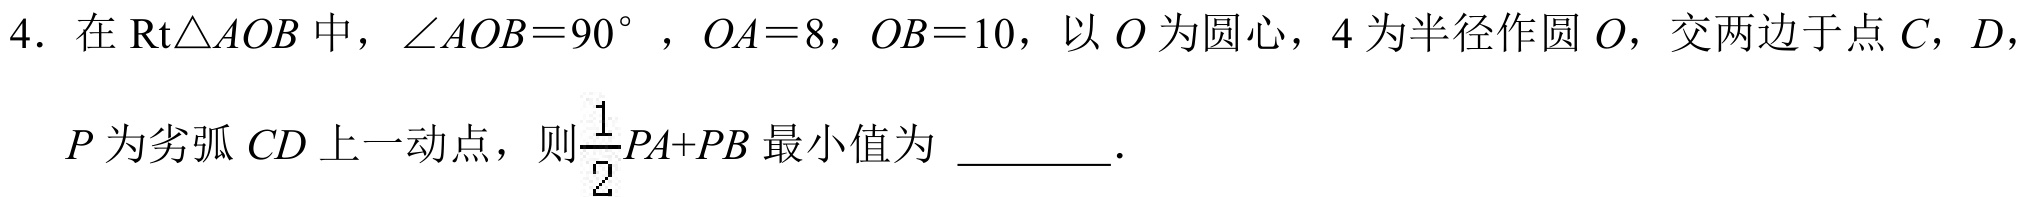
4. 在\(\text{Rt}\triangle AOB\)中，\(\angle AOB = 90^{\circ}\)，\(OA = 8\)，\(OB = 10\)，以\(O\)为圆心，\(4\)为半径作圆\(O\)，交两边于点\(C\)，\(D\)，
\(P\)为劣弧\(CD\)上一动点，则\(\dfrac{1}{2}PA + PB\)最小值为  ．